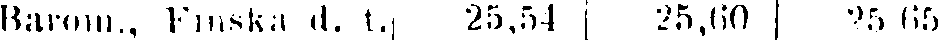
Barom., Finska d. t. 25,54 25,60 25,65